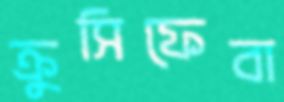
ক্রুসিফেবা